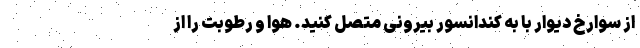
از سوارخ دیوار با به کندانسور بیرونی متصل کنید. هوا و رطوبت را از